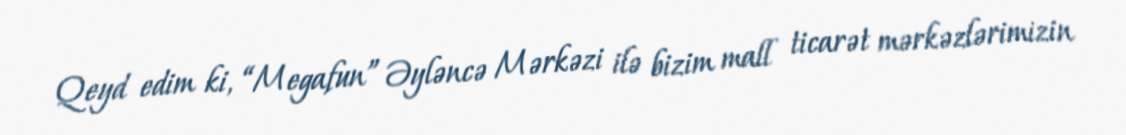
Qeyd edim ki, “Megafun” Əyləncə Mərkəzi ilə bizim mall ticarət mərkəzlərimizin